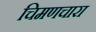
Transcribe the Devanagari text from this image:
चिमणचारा